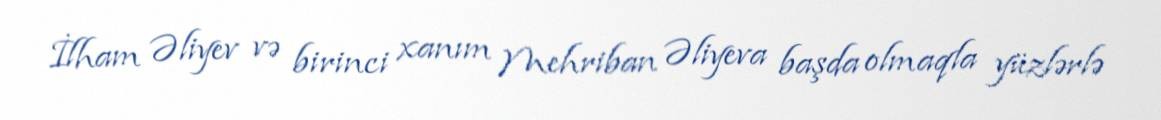
İlham Əliyev və birinci xanım Mehriban Əliyeva başda olmaqla yüzlərlə